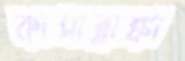
কাসাব্লাঙ্কা